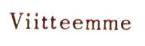
Viitteemme